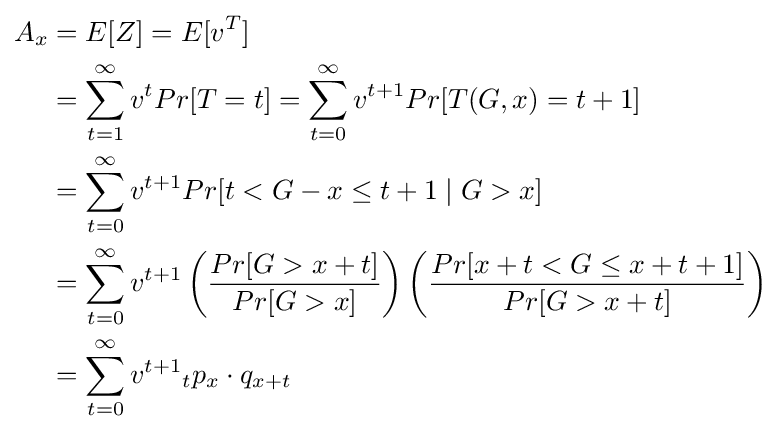
{\begin{aligned}A_{x}&=E[Z]=E[v^{T}]\\&=\sum _{t=1}^{\infty }v^{t}Pr[T=t]=\sum _{t=0}^{\infty }v^{t+1}Pr[T(G,x)=t+1]\\&=\sum _{t=0}^{\infty }v^{t+1}Pr[t<G-x\leq t+1\mid G>x]\\&=\sum _{t=0}^{\infty }v^{t+1}\left({\frac {Pr[G>x+t]}{Pr[G>x]}}\right)\left({\frac {Pr[x+t<G\leq x+t+1]}{Pr[G>x+t]}}\right)\\&=\sum _{t=0}^{\infty }v^{t+1}{}_{t}p_{x}\cdot q_{x+t}\end{aligned}}